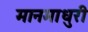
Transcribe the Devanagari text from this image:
मानमाधुरी